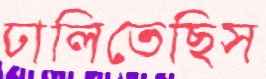
ঢালিতেছিস